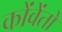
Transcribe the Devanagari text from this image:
कोंवेंतो